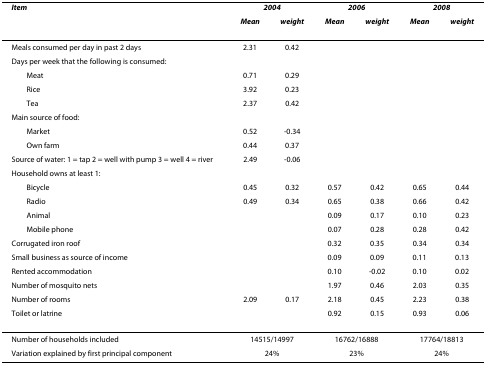
<table><thead><tr><td><b><i>Item</i></b></td><td colspan="2"><b><i>2004</i></b></td><td colspan="2"><b><i>2006</i></b></td><td colspan="2"><b><i>2008</i></b></td></tr><tr><td>[EMPTY_CELL]</td><td><b><i>Mean</i></b></td><td><b><i>weight</i></b></td><td><b><i>Mean </i></b></td><td><b><i>weight</i></b></td><td><b><i>Mean </i></b></td><td><b><i>weight</i></b></td></tr></thead><tbody><tr><td>Meals consumed per day in past 2 days</td><td>2.31</td><td>0.42</td><td>[EMPTY_CELL]</td><td>[EMPTY_CELL]</td><td>[EMPTY_CELL]</td><td>[EMPTY_CELL]</td></tr><tr><td>Days per week that the following is consumed:</td><td>[EMPTY_CELL]</td><td>[EMPTY_CELL]</td><td>[EMPTY_CELL]</td><td>[EMPTY_CELL]</td><td>[EMPTY_CELL]</td><td>[EMPTY_CELL]</td></tr><tr><td> Meat</td><td>0.71</td><td>0.29</td><td>[EMPTY_CELL]</td><td>[EMPTY_CELL]</td><td>[EMPTY_CELL]</td><td>[EMPTY_CELL]</td></tr><tr><td> Rice</td><td>3.92</td><td>0.23</td><td>[EMPTY_CELL]</td><td>[EMPTY_CELL]</td><td>[EMPTY_CELL]</td><td>[EMPTY_CELL]</td></tr><tr><td> Tea</td><td>2.37</td><td>0.42</td><td>[EMPTY_CELL]</td><td>[EMPTY_CELL]</td><td>[EMPTY_CELL]</td><td>[EMPTY_CELL]</td></tr><tr><td>Main source of food:</td><td>[EMPTY_CELL]</td><td>[EMPTY_CELL]</td><td>[EMPTY_CELL]</td><td>[EMPTY_CELL]</td><td>[EMPTY_CELL]</td><td>[EMPTY_CELL]</td></tr><tr><td> Market</td><td>0.52</td><td>-0.34</td><td>[EMPTY_CELL]</td><td>[EMPTY_CELL]</td><td>[EMPTY_CELL]</td><td>[EMPTY_CELL]</td></tr><tr><td> Own farm</td><td>0.44</td><td>0.37</td><td>[EMPTY_CELL]</td><td>[EMPTY_CELL]</td><td>[EMPTY_CELL]</td><td>[EMPTY_CELL]</td></tr><tr><td>Source of water: 1 = tap 2 = well with pump 3 = well 4 = river</td><td>2.49</td><td>-0.06</td><td>[EMPTY_CELL]</td><td>[EMPTY_CELL]</td><td>[EMPTY_CELL]</td><td>[EMPTY_CELL]</td></tr><tr><td>Household owns at least 1:</td><td>[EMPTY_CELL]</td><td>[EMPTY_CELL]</td><td>[EMPTY_CELL]</td><td>[EMPTY_CELL]</td><td>[EMPTY_CELL]</td><td>[EMPTY_CELL]</td></tr><tr><td> Bicycle</td><td>0.45</td><td>0.32</td><td>0.57</td><td>0.42</td><td>0.65</td><td>0.44</td></tr><tr><td> Radio</td><td>0.49</td><td>0.34</td><td>0.65</td><td>0.38</td><td>0.66</td><td>0.42</td></tr><tr><td> Animal</td><td>[EMPTY_CELL]</td><td>[EMPTY_CELL]</td><td>0.09</td><td>0.17</td><td>0.10</td><td>0.23</td></tr><tr><td> Mobile phone</td><td>[EMPTY_CELL]</td><td>[EMPTY_CELL]</td><td>0.07</td><td>0.28</td><td>0.28</td><td>0.42</td></tr><tr><td>Corrugated iron roof</td><td>[EMPTY_CELL]</td><td>[EMPTY_CELL]</td><td>0.32</td><td>0.35</td><td>0.34</td><td>0.34</td></tr><tr><td>Small business as source of income</td><td>[EMPTY_CELL]</td><td>[EMPTY_CELL]</td><td>0.09</td><td>0.09</td><td>0.11</td><td>0.13</td></tr><tr><td>Rented accommodation</td><td>[EMPTY_CELL]</td><td>[EMPTY_CELL]</td><td>0.10</td><td>-0.02</td><td>0.10</td><td>0.02</td></tr><tr><td>Number of mosquito nets</td><td>[EMPTY_CELL]</td><td>[EMPTY_CELL]</td><td>1.97</td><td>0.46</td><td>2.03</td><td>0.35</td></tr><tr><td>Number of rooms</td><td>2.09</td><td>0.17</td><td>2.18</td><td>0.45</td><td>2.23</td><td>0.38</td></tr><tr><td>Toilet or latrine</td><td>[EMPTY_CELL]</td><td>[EMPTY_CELL]</td><td>0.92</td><td>0.15</td><td>0.93</td><td>0.06</td></tr><tr><td>Number of households included</td><td colspan="2">14515/14997</td><td colspan="2">16762/16888</td><td colspan="2">17764/18813</td></tr><tr><td>Variation explained by first principal component</td><td colspan="2">24%</td><td colspan="2">23%</td><td colspan="2">24%</td></tr></tbody></table>